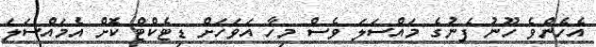
އެހެންވެ ހޫނު ފެނުގެ މައްސަލަ ވެސް މިހާ އަވަހަށް ޑިޓެކްޓް ކޮށް އެމައްސަލަ